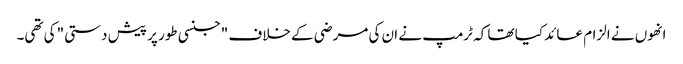
انھوں نے الزام عائد کیا تھا کہ ٹرمپ نے ان کی مرضی کے خلاف "جنسی طور پر پیش دستی" کی تھی۔